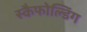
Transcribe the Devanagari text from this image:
स्कैफोल्डिंग